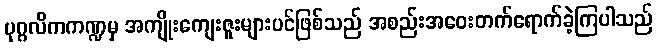
ပုဂ္ဂလိကကဏ္ဍမှ အကျိုးကျေးဇူးများပင်ဖြစ်သည် အစည်းအဝေးတက်ရောက်ခဲ့ကြပါသည်